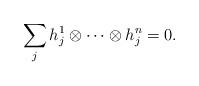
LaTeX: \begin{align*}\sum_{j} h_j^1\otimes \cdots \otimes h_j^n=0.\end{align*}